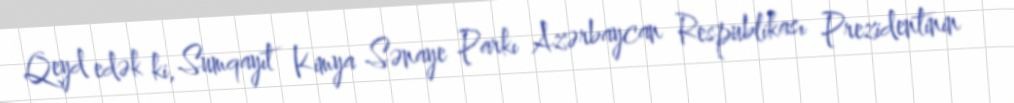
Qeyd edək ki, Sumqayıt Kimya Sənaye Parkı Azərbaycan Respublikası Prezidentinin